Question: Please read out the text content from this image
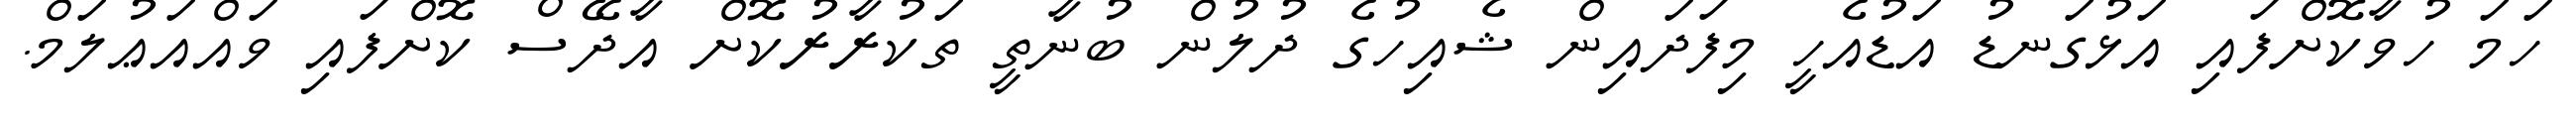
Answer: ހަމަ ހުވާކޮށްފައި އަޅުގަނޑު އަޑުއެހީ މިފަދައިން ޝެއިހުގެ ދުލުން ބުނާތީ ތަކުރާރުކޮށް އާދޭސް ކޮށްފައި ވައްއަޢުލަމް.